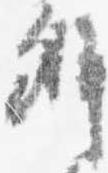
弁